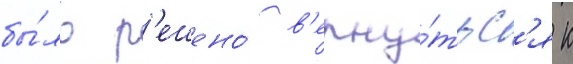
бы́ло р'ешено́ в'ерну́тьс'я к